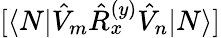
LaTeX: [\langle N|\hat{V}_{m}\hat{R}_{x}^{(y)}\hat{V}_{n}|N\rangle]